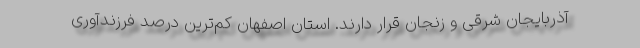
آذربایجان شرقی و زنجان قرار دارند. استان اصفهان کم‌ترین درصد فرزندآوری